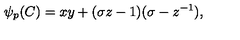
\psi _ { p } ( C ) = x y + ( \sigma z - 1 ) ( \sigma - z ^ { - 1 } ) ,